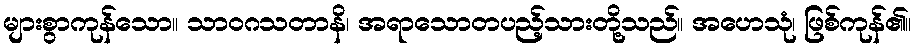
များစွာကုန်သော။ သာဝဂသတာနိ၊ အရာသောတပည့်သားတို့သည်။ အဟေသုံ၊ ဖြစ်ကုန်၏။